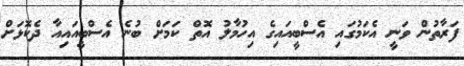
ފަރާތުން ވަނީ އެކަމުގައި އެސްބީއައިގެ އިހުމާލު އޮތް ކަމަށް ބުނެ އެސްބީއައިއާ ދެކޮޅަށް